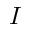
I